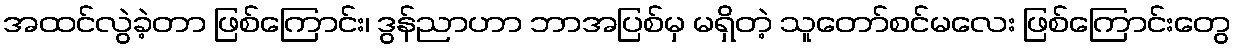
အထင်လွဲခဲ့တာ ဖြစ်ကြောင်း၊ ဒွန်ညာဟာ ဘာအပြစ်မှ မရှိတဲ့ သူတော်စင်မလေး ဖြစ်ကြောင်းတွေ